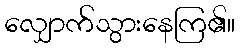
လျှောက်သွားနေကြ၏။